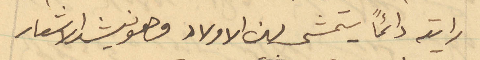
رايته دائمًا يتمشى بين الاولاد وهو ينشد الاشعار